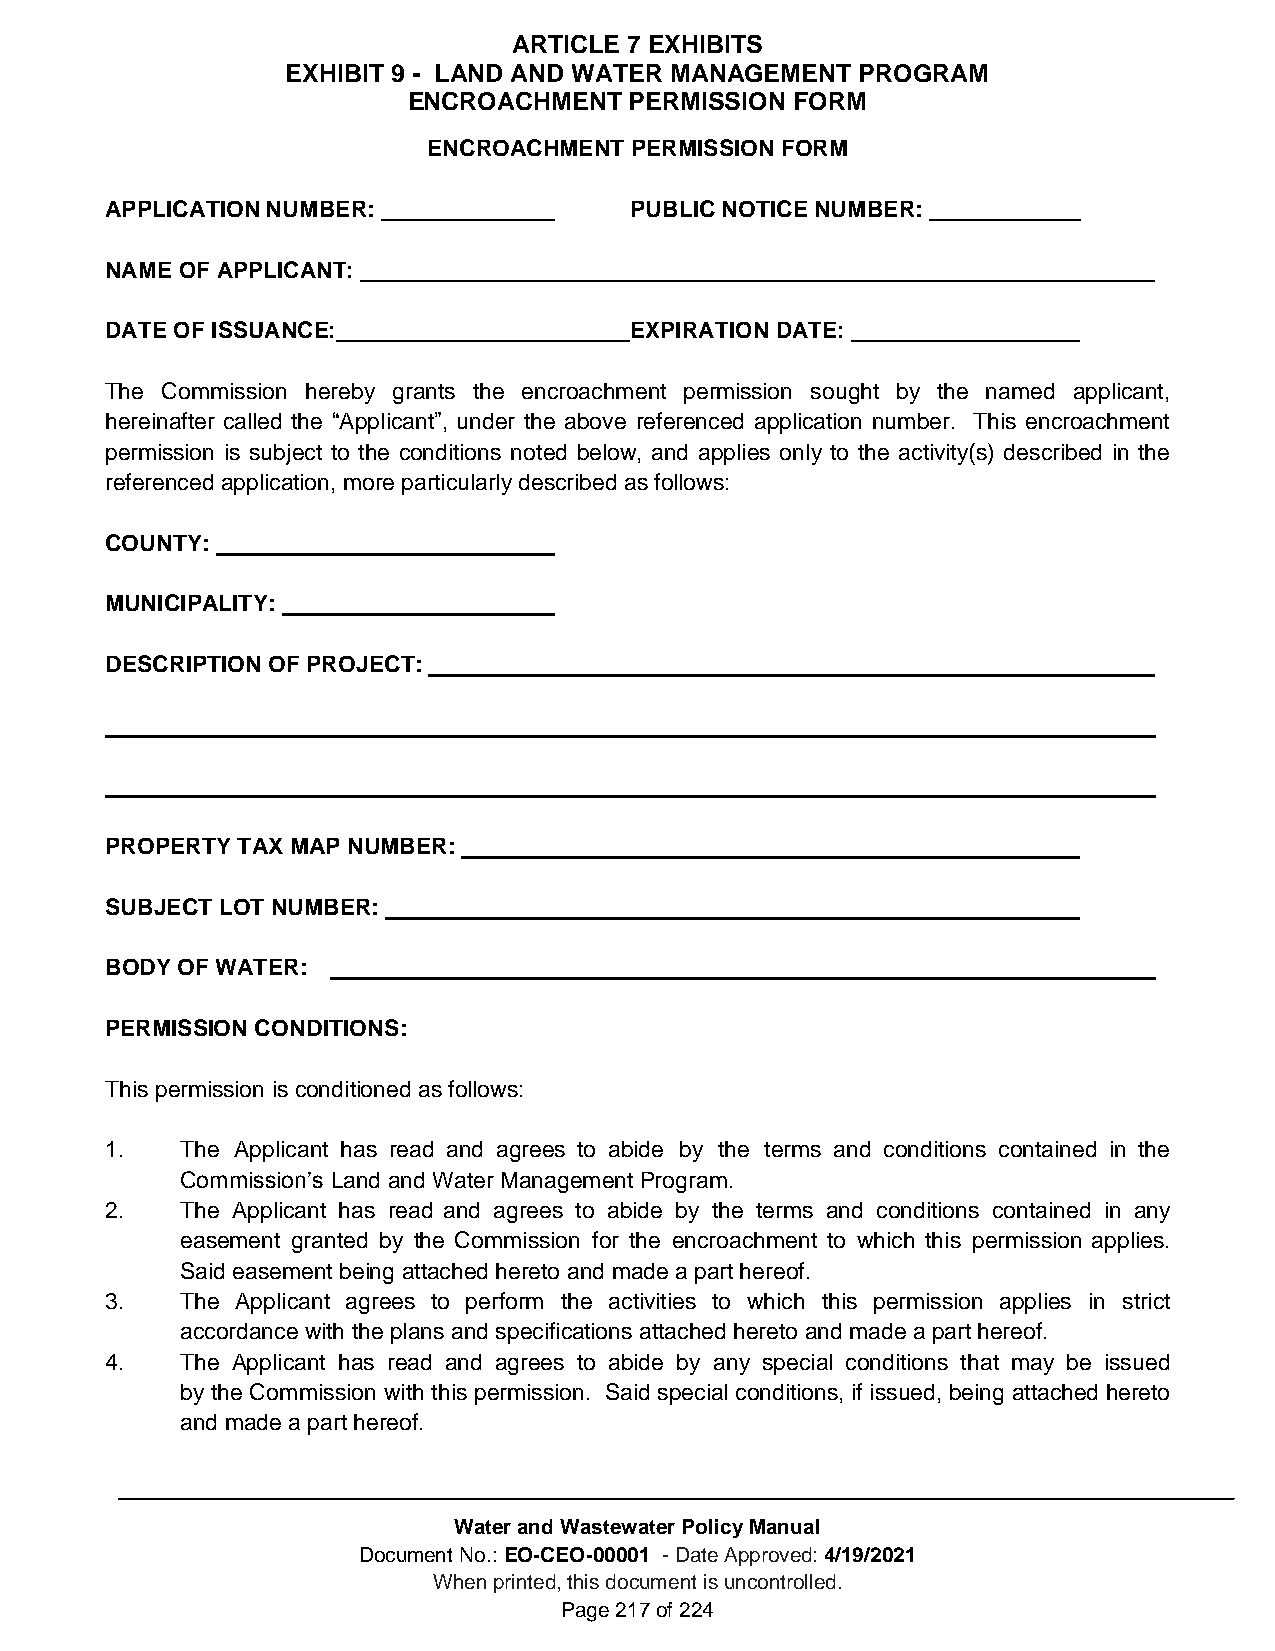
ARTICLE 7 EXHIBITS
 EXHIBIT 9 - LAND AND WATER MANAGEMENT PROGRAM
 ENCROACHMENT   PERMISSION FORM
 ENCROACHMENT  PERMISSION FORM
 APPLICATION NUMBER:                PUBLIC NOTICE NUMBER:
 NAME OF APPLICANT:
 DATE OF ISSUANCE:                  EXPIRATION DATE:
 The Commission hereby grants the encroachment permission sought by the named applicant,
 hereinafter called the “Applicant”, under the above referenced application number. This encroachment
 permission is subject to the conditions noted below, and applies only to the activity(s) described in the
 referenced application, more particularly described as follows:
 COUNTY:
 MUNICIPALITY:
 DESCRIPTION OF PROJECT:
 PROPERTY TAX MAP NUMBER:
 SUBJECT LOT NUMBER:
 BODY OF WATER:
 PERMISSION CONDITIONS:
 This permission is conditioned as follows:
 1.   The Applicant has read and agrees to abide by the terms and conditions contained in the
 Commission’s Land and Water Management Program.
 2.   The Applicant has read and agrees to abide by the terms and conditions contained in any
 easement granted by the Commission for the encroachment to which this permission applies.
 Said easement being attached hereto and made a part hereof.
 3.   The Applicant agrees to perform the activities to which this permission applies in strict
 accordance with the plans and specifications attached hereto and made a part hereof.
 4.   The Applicant has read and agrees to abide by any special conditions that may be issued
 by the Commission with this permission. Said special conditions, if issued, being attached hereto
 and made a part hereof.
 Water and Wastewater Policy Manual
 Document No.: EO-CEO-00001 - Date Approved: 4/19/2021
 When printed, this document is uncontrolled.
 Page 217 of 224